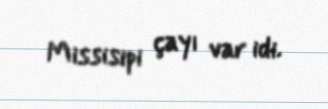
Missisipi çayı var idi.